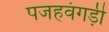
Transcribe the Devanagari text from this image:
पजहवंगड़ी